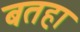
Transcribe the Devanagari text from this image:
बतहा